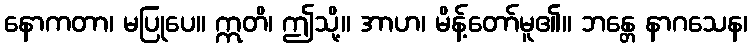
နောကတာ၊ မပြုပေ။ ဣတိ၊ ဤသို့။ အာဟ၊ မိန့်တော်မူ၏။ ဘန္တေ နာဂသေန၊